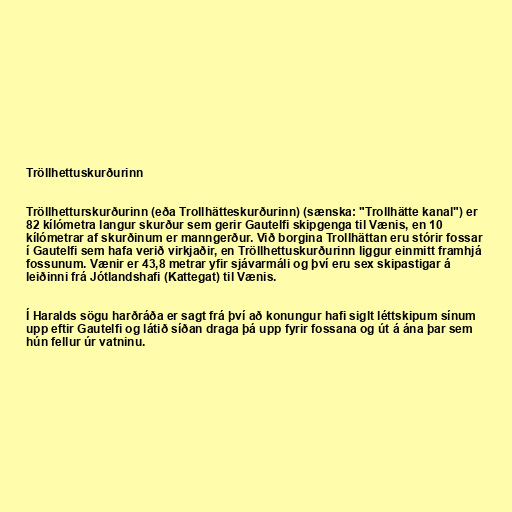
Tröllhettuskurðurinn

Tröllhetturskurðurinn (eða Trollhätteskurðurinn) (sænska: "Trollhätte kanal") er
82 kílómetra langur skurður sem gerir Gautelfi skipgenga til Vænis, en 10
kílómetrar af skurðinum er manngerður. Við borgina Trollhättan eru stórir fossar
í Gautelfi sem hafa verið virkjaðir, en Tröllhettuskurðurinn liggur einmitt framhjá
fossunum. Vænir er 43,8 metrar yfir sjávarmáli og því eru sex skipastigar á
leiðinni frá Jótlandshafi (Kattegat) til Vænis.

Í Haralds sögu harðráða er sagt frá því að konungur hafi siglt léttskipum sínum
upp eftir Gautelfi og látið síðan draga þá upp fyrir fossana og út á ána þar sem
hún fellur úr vatninu.